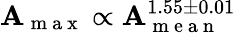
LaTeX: \mathbf{A}_{\mathrm{{~m~a~x~}}}\propto\mathbf{A}_{\mathrm{{~m~e~a~n~}}}^{1.55\pm0.01}